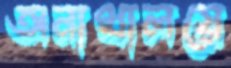
অনাথালয়ে